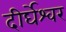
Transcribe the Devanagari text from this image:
दीर्घेश्वर